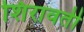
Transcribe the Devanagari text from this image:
शिरावती